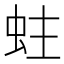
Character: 蛀